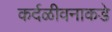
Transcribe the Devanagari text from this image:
कर्दळीवनाकडे